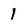
Character: 1